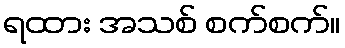
ရထား အသစ် စက်စက်။